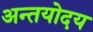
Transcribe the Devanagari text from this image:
अन्तयोदय